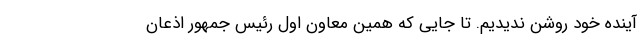
آینده خود روشن ندیدیم. تا جایی که همین معاون اول رئيس جمهور اذعان